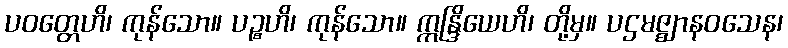
ပဝတ္တေဟိ၊ ကုန်သော။ ပဉ္စဟိ၊ ကုန်သော။ ဣန္ဒြိယေဟိ၊ တို့မှ။ ပဌမဇ္ဈာနဝသေန၊